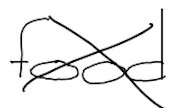
Text: food
Cross-out: cross
Writing tool: digital_black